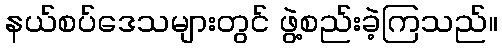
နယ်စပ်ဒေသများတွင် ဖွဲ့စည်းခဲ့ကြသည်။